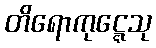
တိရောကုဋ္ဋေသု